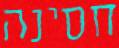
חסינה